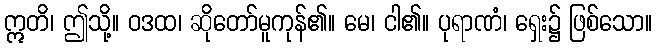
ဣတိ၊ ဤသို့။ ဝဒထ၊ ဆိုတော်မူကုန်၏။ မေ၊ ငါ၏။ ပုရာဏံ၊ ရှေး၌ ဖြစ်သော။